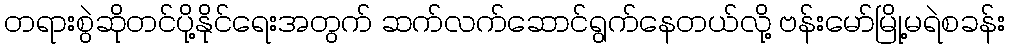
တရားစွဲဆိုတင်ပို့နိုင်ရေးအတွက် ဆက်လက်ဆောင်ရွက်နေတယ်လို့ ဗန်းမော်မြို့မရဲစခန်း